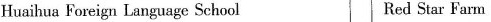
Huaihua Foreign Language School Red Star Farm